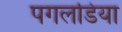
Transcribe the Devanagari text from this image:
पगलडिया